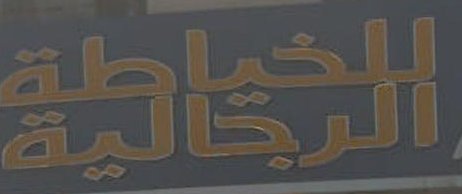
الخياطة